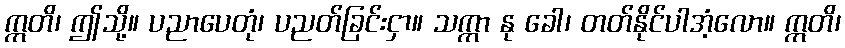
ဣတိ၊ ဤသို့။ ပညာပေတုံ၊ ပညတ်ခြင်းငှာ။ သက္ကာ နု ခေါ၊ တတ်နိုင်ပါအံ့လော။ ဣတိ၊